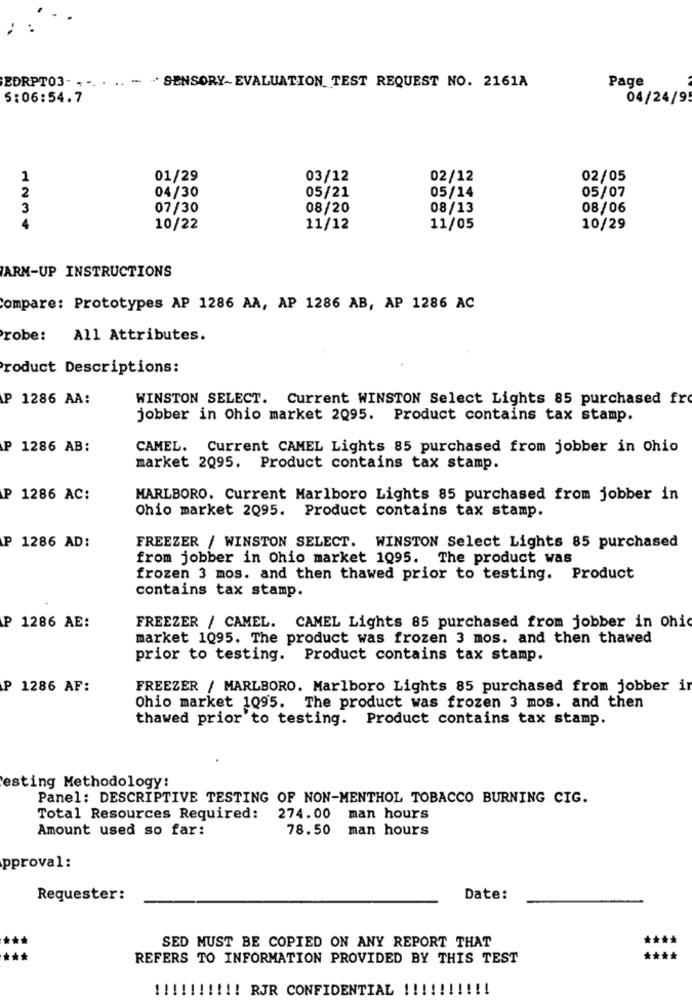
EDRPT03-
.. - - SENSORY-EVALUATION TEST REQUEST NO. 2161A
Page
S:06:54.7
04/24/9
1
01/29
03/12
02/12
02/05
2
04/30
05/21
05/14
05/07
3
07/30
08/20
08/13
08/06
4
10/22
11/12
11/05
10/29
ARM-UP INSTRUCTIONS
Compare: Prototypes AP 1286 AA, AP 1286 AB, AP 1286 AC
robe:
All Attributes.
Product Descriptions:
P 1286 AA:
WINSTON SELECT. Current WINSTON Select Lights 85 purchased fr
jobber in Ohio market 2095. Product contains tax stamp.
P 1286 AB:
CAMEL. Current CAMEL Lights 85 purchased from jobber in Ohio
market 2095. Product contains tax stamp.
P 1286 AC:
MARLBORO. Current Marlboro Lights 85 purchased from jobber in
Ohio market 2095. Product contains tax stamp.
P 1286 AD:
FREEZER / WINSTON SELECT. WINSTON Select Lights 85 purchased
from jobber in Ohio market 1095. The product was
frozen 3 mos. and then thawed prior to testing. Product
contains tax stamp.
P 1286 AE:
FREEZER / CAMEL. CAMEL Lights 85 purchased from jobber in Ohio
market 1095. The product was frozen 3 mos. and then thawed
prior to testing. Product contains tax stamp.
P 1286 AF:
FREEZER / MARLBORO. Marlboro Lights 85 purchased from jobber ir
Ohio market 1095. The product was frozen 3 mos. and then
thawed prior to testing. Product contains tax stamp.
esting Methodology:
Panel: DESCRIPTIVE TESTING OF NON-MENTHOL TOBACCO BURNING CIG.
Total Resources Required:
274.00 man hours
Amount used so far:
78.50 man hours
pproval:
Requester:
Date:
SED MUST BE COPIED ON ANY REPORT THAT
REFERS TO INFORMATION PROVIDED BY THIS TEST
****
!!!!!!!!!! RJR CONFIDENTIAL !!!!!!!!!!